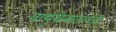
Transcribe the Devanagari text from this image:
वायुसेनातळही